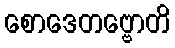
စောဒေတဗ္ဗောတိ